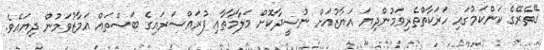
ގޭތެރޭގެ ކަންކަމުުގައި ހަރަކާތްތެރިވަމުންދިޔަ އަޔާޒުއަށް ނުސީދާކޮށް މަލާމާތާއި ފުރައްސަރައިގެ ބަސްތައް އަމާޒުވަމުން ދިޔައެވެ.